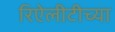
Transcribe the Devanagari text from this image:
रिऐलीटीच्या